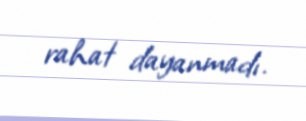
rahat dayanmadı.